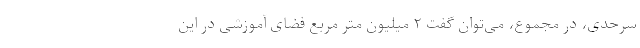
سرحدی، در مجموع، می‌توان گفت ۲ میلیون متر مربع فضای آموزشی در این